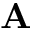
{ \bf A }